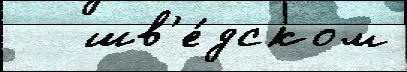
   шв'е́дском